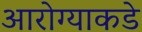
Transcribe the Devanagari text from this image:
आरोग्याकडे